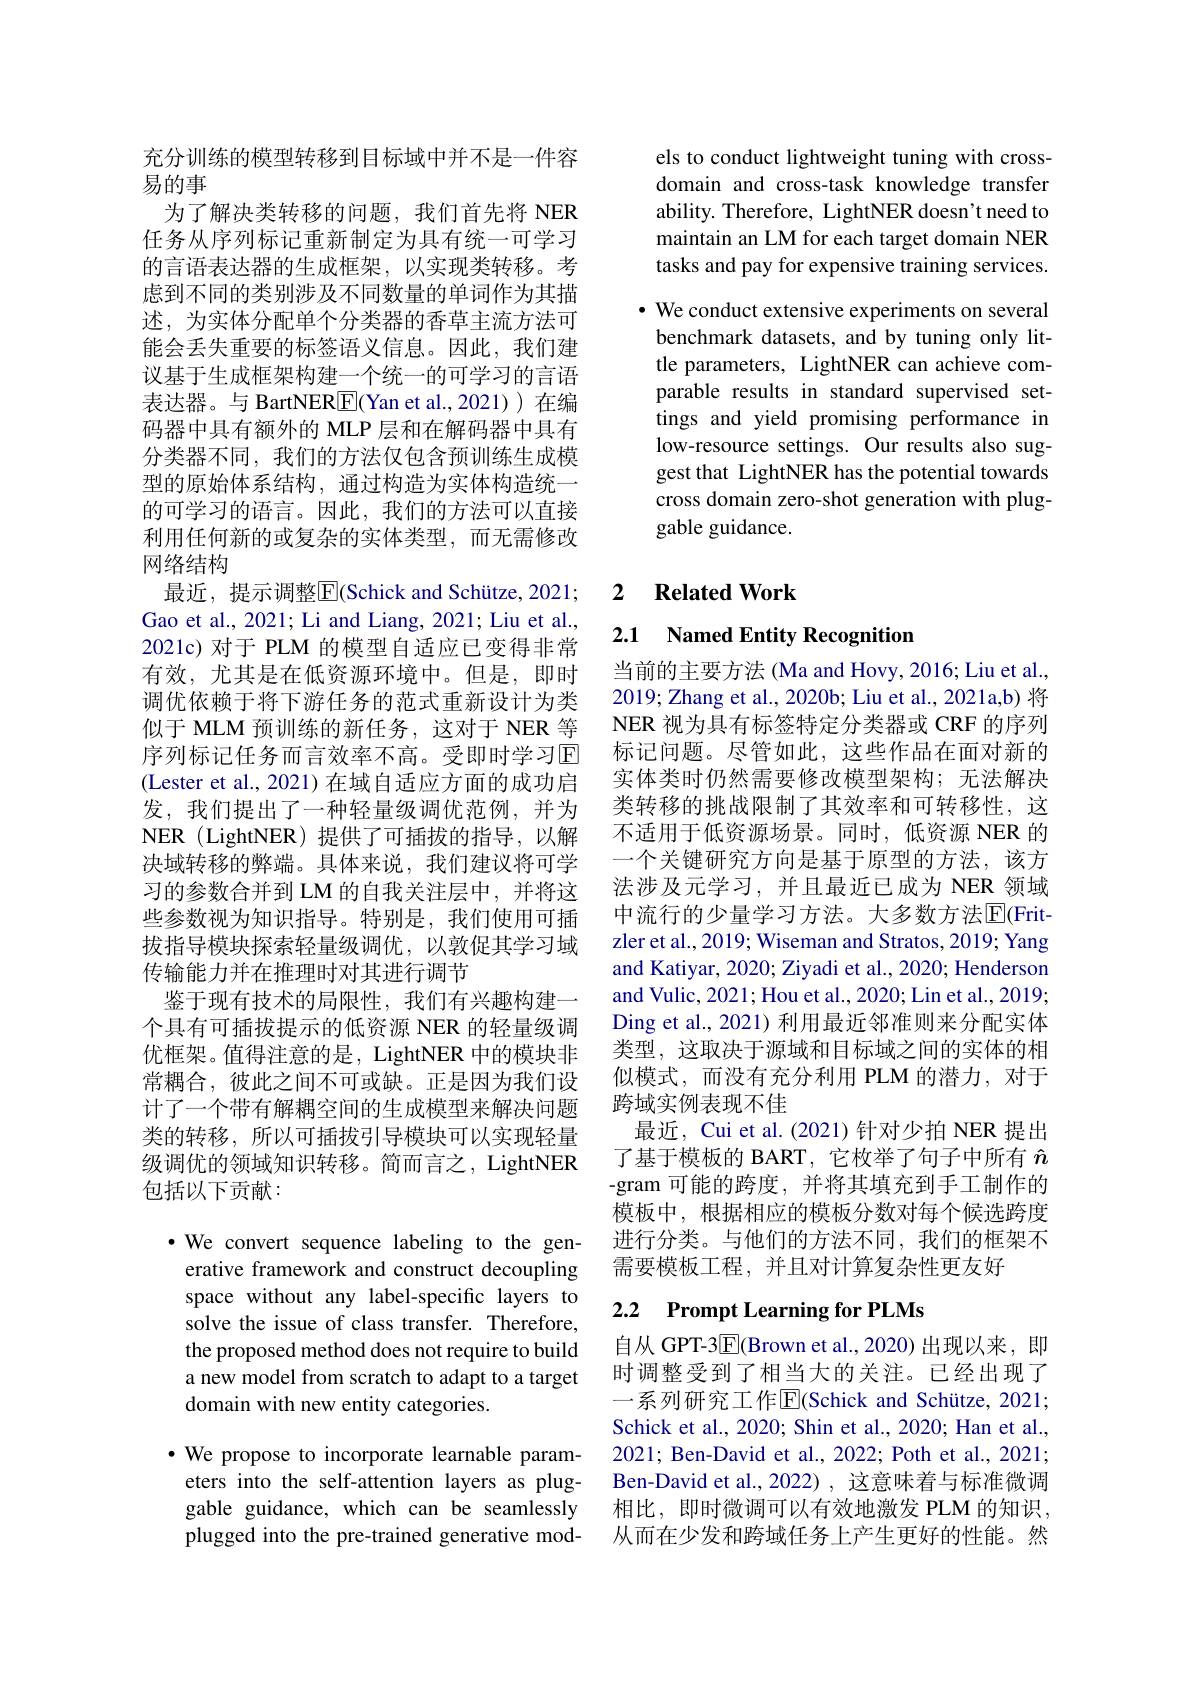
充分训练的模型转移到目标域中并不是一件容
易的事
为了解决类转移的问题，我们首先将 NER 任务从序列标记重新制定为具有统一可学习的言语表达器的生成框架，以实现类转移。考虑到不同的类别涉及不同数量的单词作为其描述，为实体分配单个分类器的香草主流方法可能会丢失重要的标签语义信息。因此，我们建议基于生成框架构建一个统一的可学习的言语表达器。与 BartNER$\boxed{\mathrm{F}}($Yan et al.,2021))在编码器中具有额外的 MLP 层和在解码器中具有分类器不同，我们的方法仅包含预训练生成模型的原始体系结构，通过构造为实体构造统一的可学习的语言。因此，我们的方法可以直接利用任何新的或复杂的实体类型，而无需修改网络结构
最近，提示调整[E](Schick and Schütze, 2021; Gao et al., 2021; Li and Liang, 2021; Liu et al., 2021c) 对于 PLM 的模型自适应已变得非常有效，尤其是在低资源环境中。但是，即时调优依赖于将下游任务的范式重新设计为类似于 MLM 预训练的新任务，这对于 NER 等序列标记任务而言效率不高。受即时学习回(Lester et al., 2021) 在域自适应方面的成功启发，我们提出了一种轻量级调优范例，并为NER (LightNER)提供了可插拔的指导，以解决域转移的弊端。具体来说，我们建议将可学习的参数合并到 LM 的自我关注层中，并将这些参数视为知识指导。特别是，我们使用可插拔指导模块探索轻量级调优，以敦促其学习域传输能力并在推理时对其进行调节
鉴于现有技术的局限性，我们有兴趣构建一个具有可插拔提示的低资源 NER 的轻量级调优框架。值得注意的是，LightNER 中的模块非常耦合，彼此之间不可或缺。正是因为我们设计了一个带有解耦空间的生成模型来解决问题类的转移，所以可插拔引导模块可以实现轻量级调优的领域知识转移。简而言之，LightNER 包括以下贡献：
·We convert sequence labeling to the gen-

erative framework and construct decoupling space without any label-specific layers to solve the issue of class transfer. Therefore, the proposed method does not require to build a new model from scratch to adapt to a target domain with new entity categories.

$\bullet$ We propose to incorporate learnable param-
eters into the self-attention layers as pluggable guidance, which can be seamlessly plugged into the pre-trained generative mod-

els to conduct lightweight tuning with crossdomain and cross-task knowledge transfer ability. Therefore, LightNER doesn't need to maintain an LM for each target domain NER tasks and pay for expensive training services.
· We conduct extensive experiments on several benchmark datasets, and by tuning only little parameters, LightNER can achieve comparable results in standard supervised settings and yield promising performance in low-resource settings. Our results also suggest that LightNER has the potential towards cross domain zero-shot generation with pluggable guidance.

### 2 $\textbf{Related Work}$

2.1 Named Entity Recognition

当前的主要方法 (Ma and Hovy, 2016; Liu et al., 2019; Zhang et al., 2020b; Liu et al., 2021a,b) 将NER 视为具有标签特定分类器或 CRF 的序列标记问题。尽管如此，这些作品在面对新的实体类时仍然需要修改模型架构；无法解决类转移的挑战限制了其效率和可转移性，这不适用于低资源场景。同时，低资源 NER 的一个关键研究方向是基于原型的方法，该方法涉及元学习，并且最近已成为 NER 领域中流行的少量学习方法。大多数方法$\overline{\mathrm{E}}$(Frit-) zler et al., 2019; Wiseman and Stratos, 2019; Yang and Katiyar, 2020; Ziyadi et al., 2020; Henderson and Vulic, 2021; Hou et al., 2020; Lin et al., 2019; Ding et al., 2021) 利用最近邻准则来分配实体类型，这取决于源域和目标域之间的实体的相似模式，而没有充分利用 PLM 的潜力，对于跨域实例表现不佳
最近，Cui et al.(2021)针对少拍 NER 提出了基于模板的 BART, 它枚举了句子中所有$\hat{n}$ -gram 可能的跨度，并将其填充到手工制作的模板中，根据相应的模板分数对每个候选跨度进行分类。与他们的方法不同，我们的框架不需要模板工程，并且对计算复杂性更友好

## 2.2 Prompt Learning for PLMs

自从 GPT-3$\overline{\mathrm{E}}($Brown et al.,2020)出现以来，即时调整受到了相当大的关注。已经出现了一系列研究工作$\overline{\mathrm{E}}$(Schick and Schütze, 2021; Schick et al., 2020; Shin et al., 2020; Han et al., 2021; Ben-David et al., 2022; Poth et al., 2021; Ben-David et al., 2022) , 这意味着与标准微调相比，即时微调可以有效地激发 PLM 的知识， 从而在少发和跨域任务上产生更好的性能。然